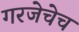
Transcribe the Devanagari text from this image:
गरजेचेच